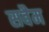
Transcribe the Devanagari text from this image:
सवैम